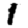
Digit: 1